Vabadussoja_Ajaloo_Komitee, lk 19
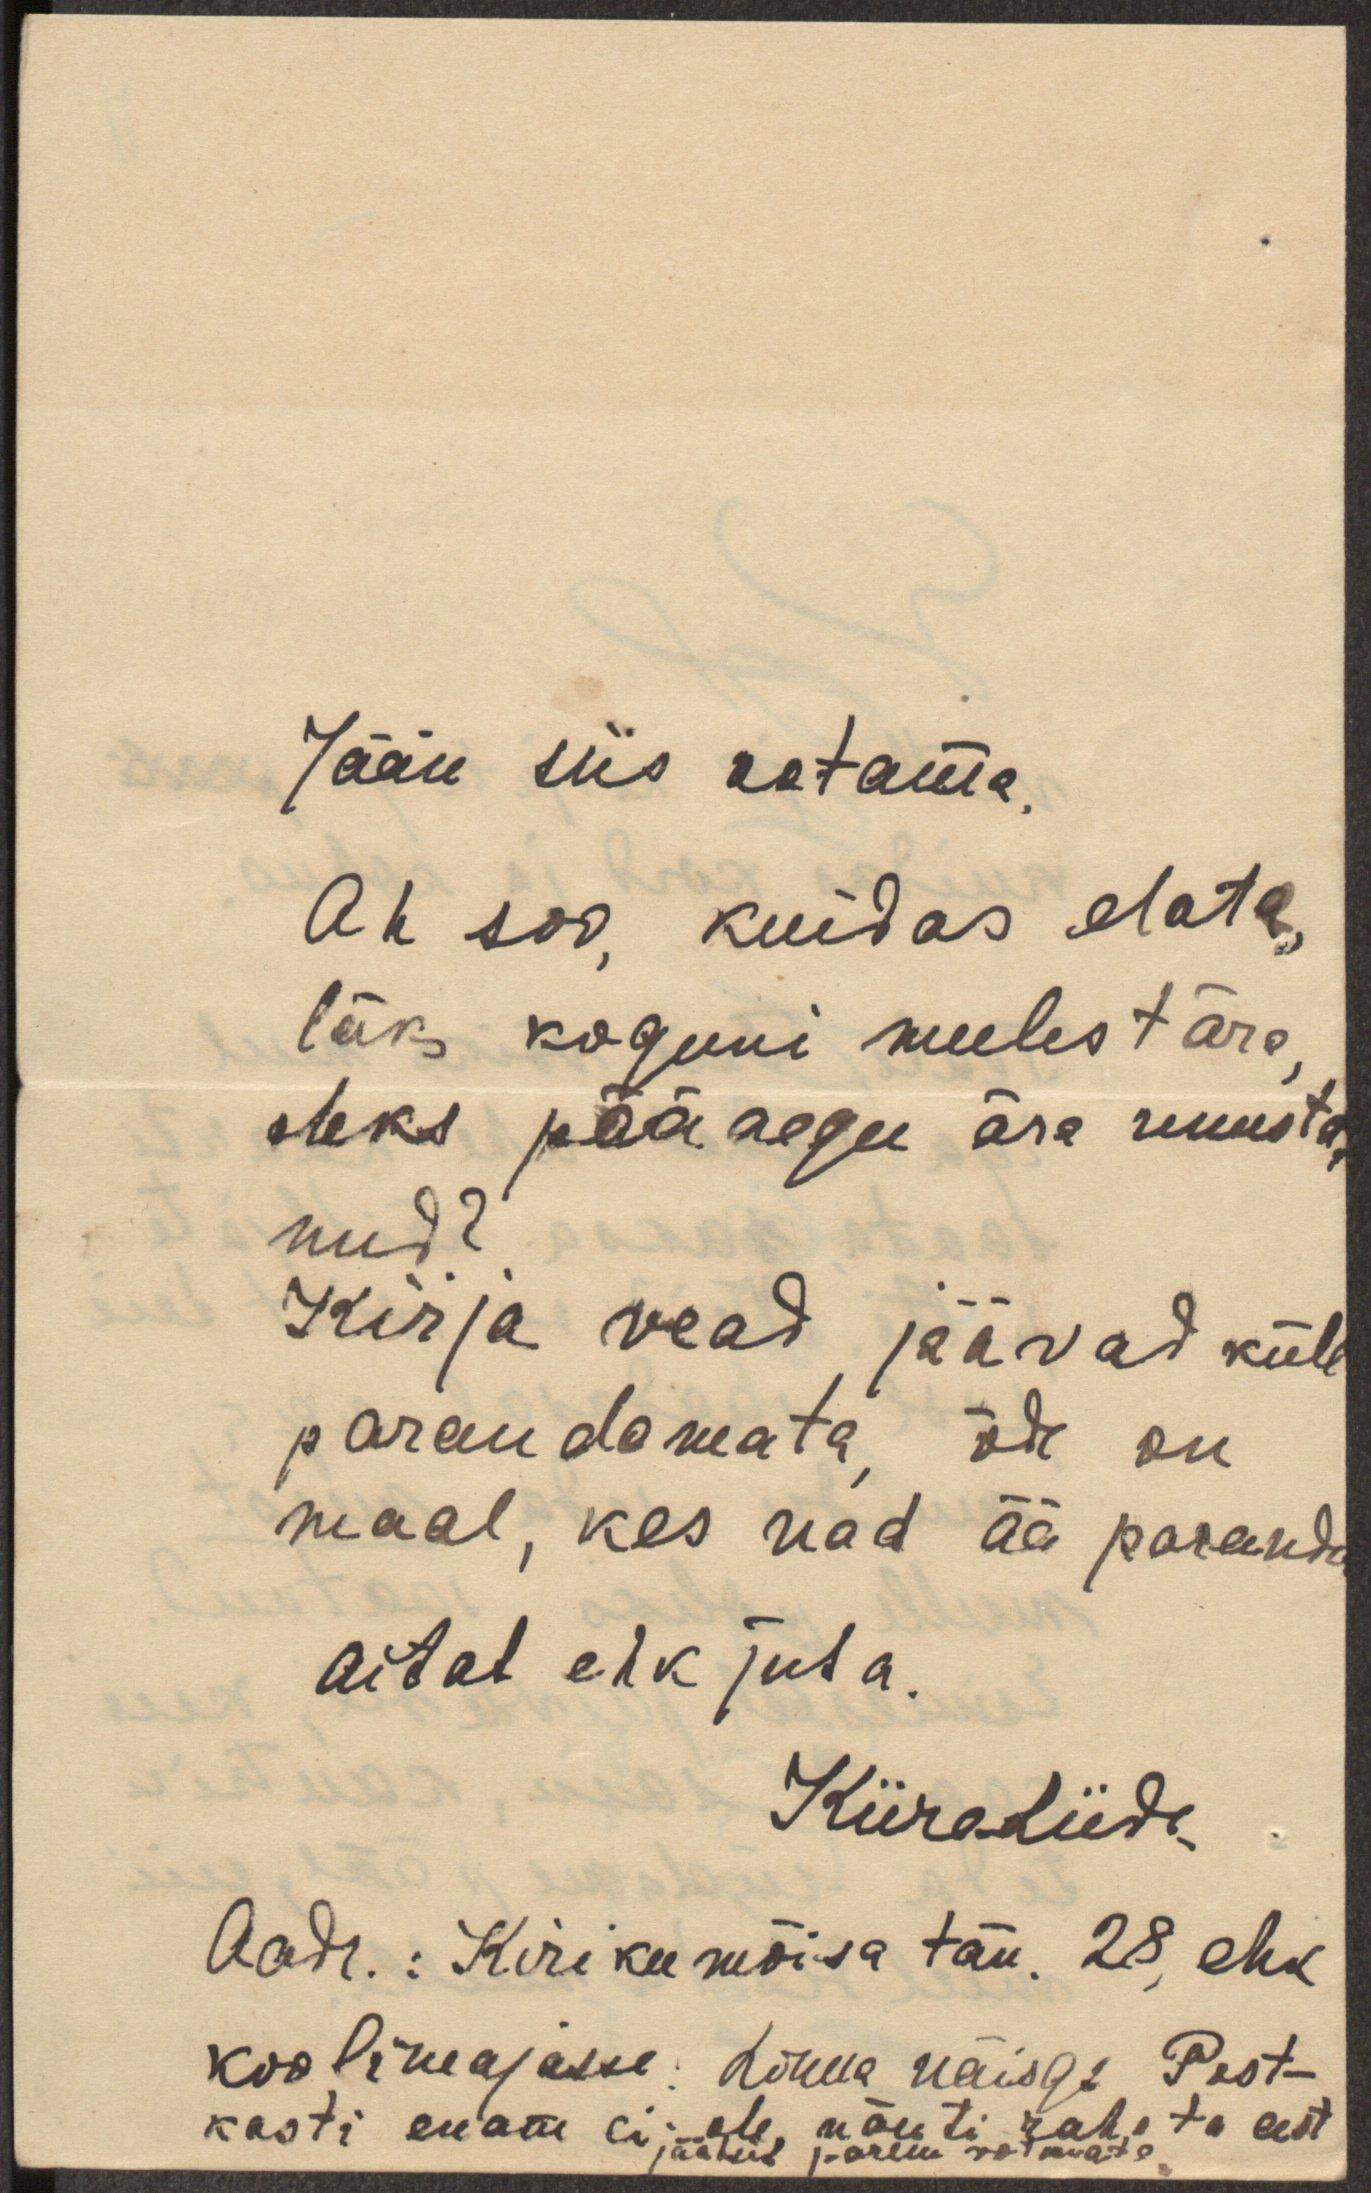
Jään siis ootama.
Ah soo, kuidas elata,
läks koguni meelest ära,
oleks pääaegu ära unusta-
nud?
Kirja vead jäävad küll
parandamata, õde on
maal, kes nad ää paranda
aitab ehk juba.
KiiraLiide
Aadr. Kirikumõisa tän. 28, ehk
koolimajasse: Lõuna näis 9: Post-
kasti enam ei ole, nõuti raha ta eest
jäänut parem votmata